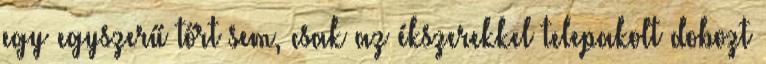
egy egyszerű tőrt sem, csak az ékszerekkel telepakolt dobozt